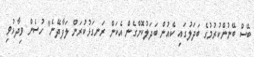
ބޭސް ބޭނުންކުރުމުގެ ބަދަލުގައި ކެއުން ބަދަލުކޮށްގެން އެކަން ރަނގަޅުކުރަން ލަފާދޭނެ" ހުސެން ވިދާޅުވި